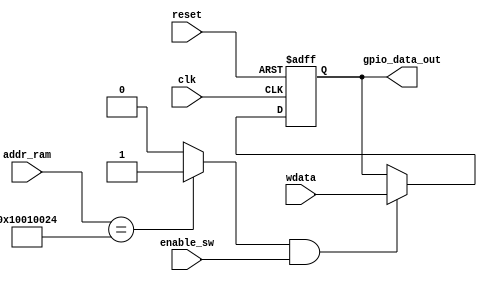
module GPIO_controller#(
    parameter DATA_WIDTH=8,	/* length of data */
    parameter ADDR_WIDTH=32			//bits to address the elements
)
(    
    input [(ADDR_WIDTH-1):0] addr_ram,
    input [(DATA_WIDTH-1):0] wdata,
    input clk,
    input reset,
    input enable_sw,
    output [7:0] gpio_data_out
    );

    reg [7:0] register_out_reg;
    wire enable_write;
    
    assign enable_write = (addr_ram == 32'h10010024) ? 1'd1: 1'd0;
    assign gpio_data_out = register_out_reg;

    always@(posedge clk or negedge reset)begin

        if(reset==1'b0)begin
            register_out_reg <= {DATA_WIDTH{1'b0}};
        end else begin
            if(enable_write==1'd1 && enable_sw==1'b1 )begin
                register_out_reg <= wdata;
            end
        end
            
    
    end


endmodule